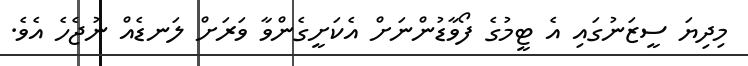
މިދިޔަ ސީޒަނުގައި އެ ޓީމުގެ ފޯވާޑުންނަށް އެކަށީގެންވާ ވަރަށް ލަނޑެއް ނުޖެހެ އެވެ.